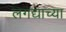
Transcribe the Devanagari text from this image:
लगद्याच्या